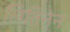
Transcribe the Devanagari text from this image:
लितिनेन